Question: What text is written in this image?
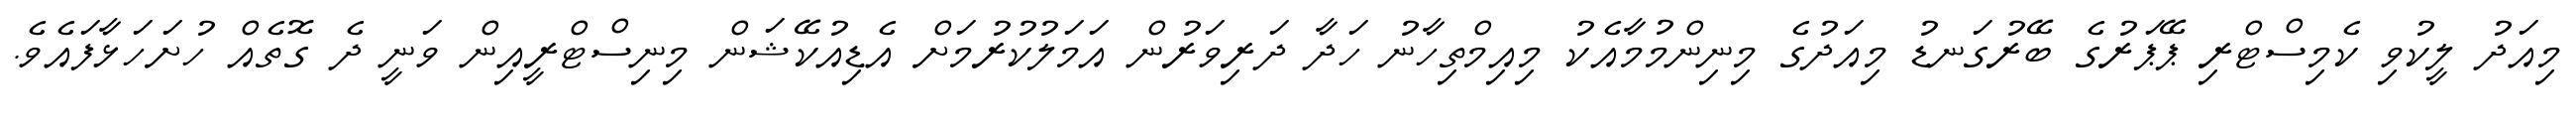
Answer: މިއަދު ލީކުވި ކެމިސްޓްރި ޕޭޕަރުގެ ބޭރުގަނޑު މިއަދުގެ މިނިންމުމާއެކު މިއިމްތިހާނު ހަދާ ދަރިވަރުން އަމަލުކުރުމަށް އެޑިއުކޭޝަން މިނިސްޓްރީއިން ވަނީ ދެ ގޮތެއް ހުށަހަޅާފައެވެ.